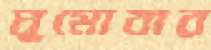
ঘুমোবার